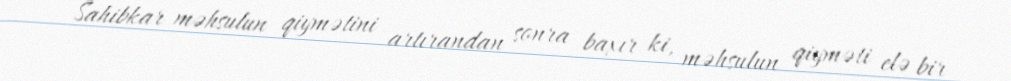
Sahibkar məhsulun qiymətini artırandan sonra baxır ki, məhsulun qiyməti elə bir